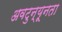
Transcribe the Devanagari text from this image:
अवटुन्यूनता